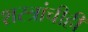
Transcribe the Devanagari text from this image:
शस्त्रांचीही